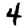
Digit: 4